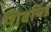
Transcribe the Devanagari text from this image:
शिवपिंड